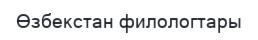
Өзбекстан филологтары